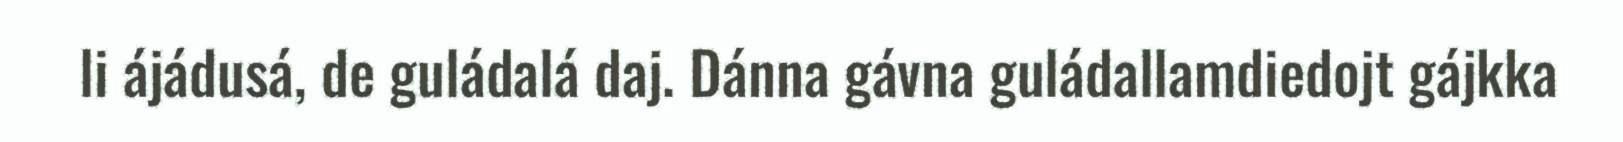
li ájádusá, de guládalá daj. Dánna gávna guládallamdiedojt gájkka